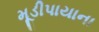
મૂડીપાયાના